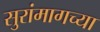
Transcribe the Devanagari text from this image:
सुरांमागच्या